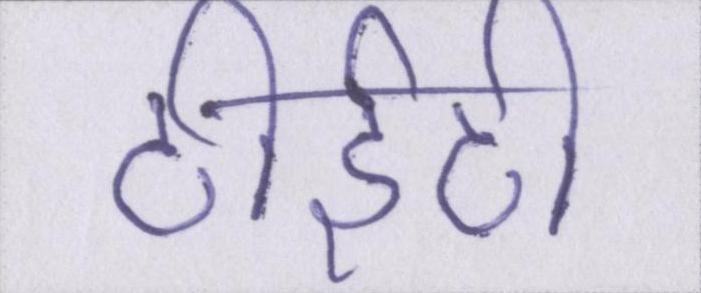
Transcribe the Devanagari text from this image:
टीईटी